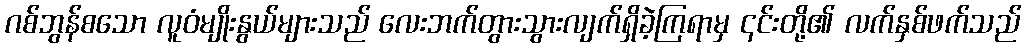
ဂစ်ဘွန်စသော လူဝံမျိုးနွယ်များသည် လေးဘက်တွားသွားလျက်ရှိခဲ့ကြရာမှ ၎င်းတို့၏ လက်နှစ်ဖက်သည်